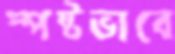
স্পষ্টভাবে